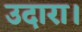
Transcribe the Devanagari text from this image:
उदारा।